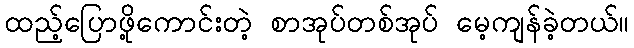
ထည့်ပြောဖို့ကောင်းတဲ့ စာအုပ်တစ်အုပ် မေ့ကျန်ခဲ့တယ်။